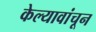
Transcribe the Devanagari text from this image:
केल्यावांचून